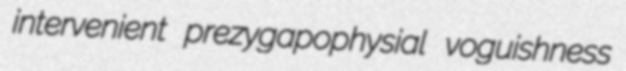
intervenient prezygapophysial voguishness